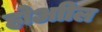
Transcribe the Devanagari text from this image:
होआील